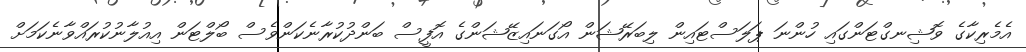
އެމެރިކާގެ ވޮޝިނގްޓަންގައި ހުންނަ ޕަލަސްޓައިން ލިބަރޭޝަން އޯގަނައިޒޭޝަންގެ އޮފީސް ބަންދުކުރާނެކަންވެސް ބޯލްޓަން އިއުލާނުކުރައްވާނެކަމަށް